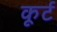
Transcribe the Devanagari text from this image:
कूर्ट